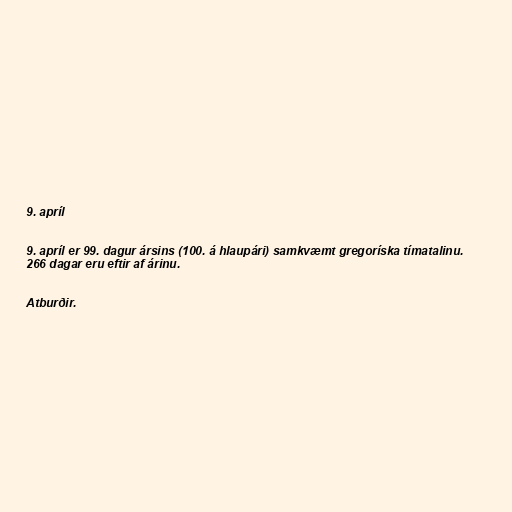
9. apríl

9. apríl er 99. dagur ársins (100. á hlaupári) samkvæmt gregoríska tímatalinu.
266 dagar eru eftir af árinu.

Atburðir.